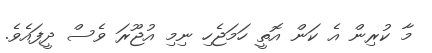
މާ ކުރިން އެ ކަން އޮތީ ހަމަޖެހި ނިމި އުޖޫރަ ވެސް ދީފައެވެ.